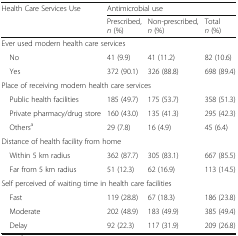
| <ROWSPAN=2> Health Care Services Use | <COLSPAN=3> Antimicrobial use |
 | Prescribed,n (%) | Non-prescribed,n (%) | Totaln (%) |
 | --- | --- | --- | --- |
 | <COLSPAN=4> Ever used modern health care services |
 | No | 41 (9.9) | 41 (11.2) | 82 (10.6) |
 | Yes | 372 (90.1) | 326 (88.8) | 698 (89.4) |
 | <COLSPAN=4> Place of receiving modern health care services |
 | Public health facilities | 185 (49.7) | 175 (53.7) | 358 (51.3) |
 | Private pharmacy/drug store | 160 (43.0) | 135 (41.3) | 295 (42.3) |
 | Othersa | 29 (7.8) | 16 (4.9) | 45 (6.4) |
 | <COLSPAN=4> Distance of health facility from home |
 | Within 5 km radius | 362 (87.7) | 305 (83.1) | 667 (85.5) |
 | Far from 5 km radius | 51 (12.3) | 62 (16.9) | 113 (14.5) |
 | <COLSPAN=4> Self perceived of waiting time in health care facilities |
 | Fast | 119 (28.8) | 67 (18.3) | 186 (23.8) |
 | Moderate | 202 (48.9) | 183 (49.9) | 385 (49.4) |
 | Delay | 92 (22.3) | 117 (31.9) | 209 (26.8) |